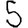
Digit: 5